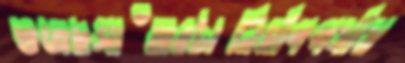
ভজছসাঁতারটানির্মাণপর্যায়